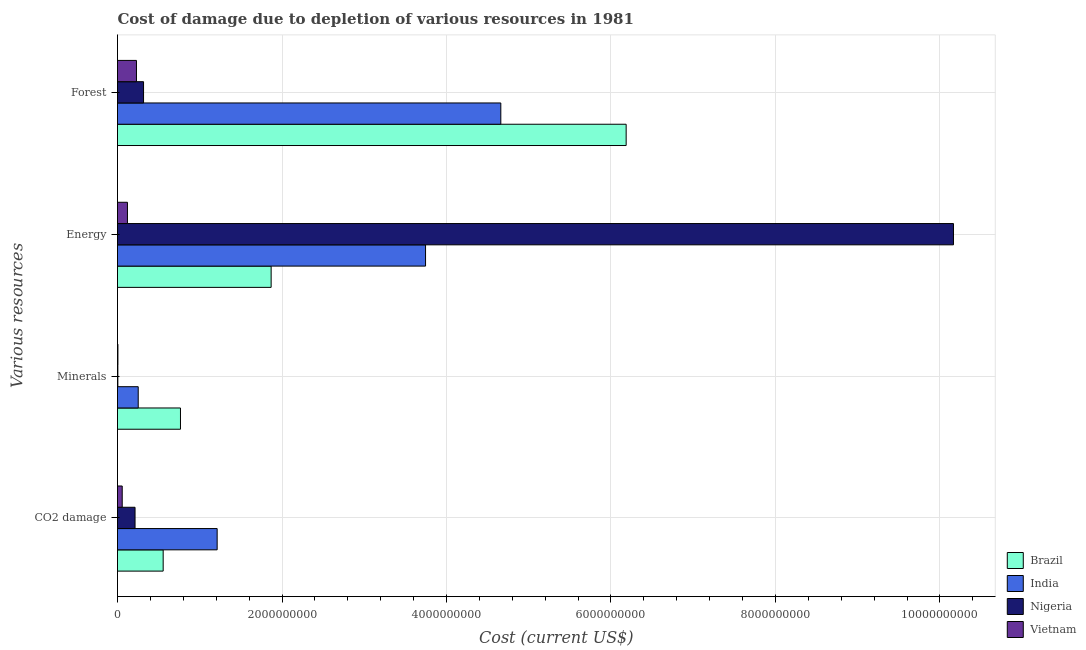
| Various resources | Brazil | India | Nigeria | Vietnam |
 | --- | --- | --- | --- | --- |
 | CO2 damage | 5.55e+08 | 1.21e+09 | 2.13e+08 | 5.73e+07 |
 | Minerals | 7.66e+08 | 2.52e+08 | 4.22e+06 | 5.06e+06 |
 | Energy | 1.87e+09 | 3.75e+09 | 1.02e+10 | 1.21e+08 |
 | Forest | 6.18e+09 | 4.66e+09 | 3.17e+08 | 2.31e+08 |